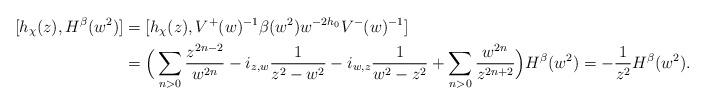
LaTeX: \begin{align*}[h_\chi(z), H^{\beta} (w^2)]& = [h_\chi(z), V^+(w)^{-1}\beta (w^2)w^{-2h_0}V^-(w)^{-1}]\\& =\Big(\sum_{n>0}\frac{z^{2n-2}}{w^{2n}}-i_{z, w}\frac{1}{z^2-w^2} -i_{w, z}\frac{1}{w^2-z^2}+\sum_{n>0}\frac{w^{2n}}{z^{2n+2}}\Big)H^{\beta} (w^2)=-\frac{1}{z^2}H^{\beta} (w^2).\end{align*}